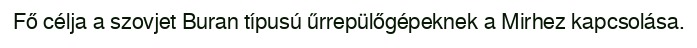
Fő célja a szovjet Buran típusú űrrepülőgépeknek a Mirhez kapcsolása.